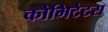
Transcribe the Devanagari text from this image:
कोमिटेटस